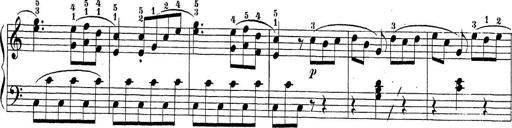
Title: Sonatina Album
Composer: Louis KÃ¶hler